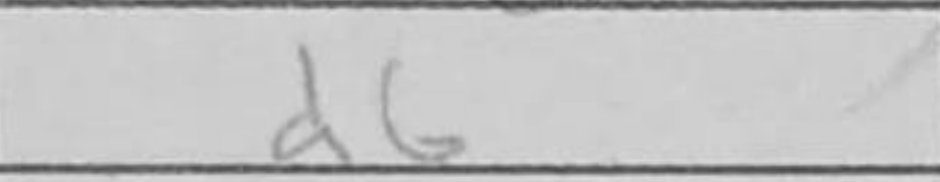
Transcription: d6